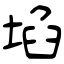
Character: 埳